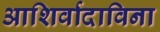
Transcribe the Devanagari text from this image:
आशिर्वादाविना